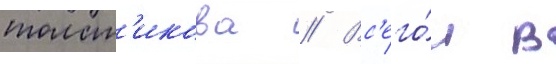
толст'икова // Вс'его́ в